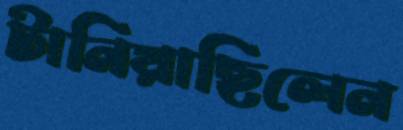
টানিয়াছিলেন